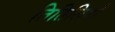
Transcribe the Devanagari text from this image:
तितिलियाँ